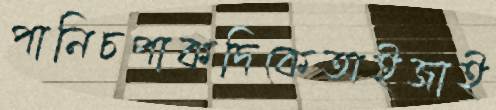
পানিচপাকদিকেঅইজাই